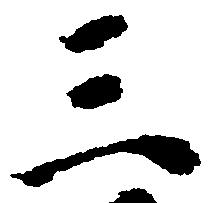
三